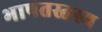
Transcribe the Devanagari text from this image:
भाषतस्तस्य